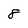
Character: 8